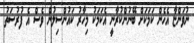
ނުވަންޏާ އެހެން ކަމަކަށް ބޭނުންކުރާނީ އެކަމަކު މިހާރު ކައުންސިލުން ވެސް އެ ފުރުސަތު